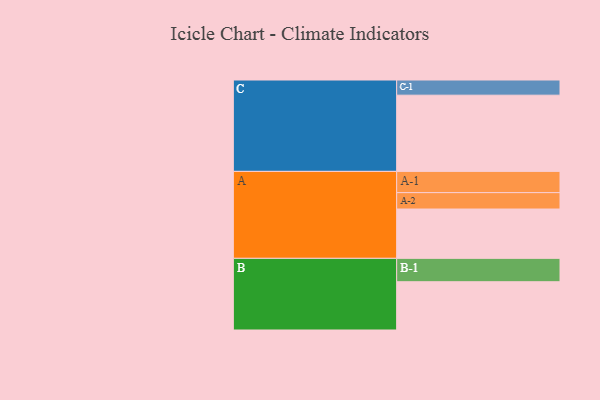
{"axis": {"x": "Segment", "y": "Value"}, "legend": ["", "A", "B", "C"], "data": [{"x": "A", "y": 325, "type": ""}, {"x": "B", "y": 318, "type": ""}, {"x": "C", "y": 502, "type": ""}, {"x": "A-1", "y": 140, "type": "A"}, {"x": "A-2", "y": 108, "type": "A"}, {"x": "B-1", "y": 154, "type": "B"}, {"x": "C-1", "y": 100, "type": "C"}]}